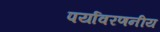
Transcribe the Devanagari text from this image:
पर्यावरणनीय